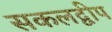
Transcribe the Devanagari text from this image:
सकलद्वीप